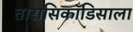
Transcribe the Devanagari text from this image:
तारासिकॉडिसाला